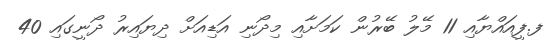
ފ.ފީއައްޔާއި 11 މޭލު ބޭރުން ކަމަށާއި މިދޯނި އަޑިއަށް ދިޔައިރު ދޯނީގައި 40